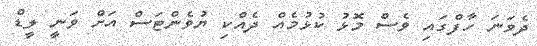
ދެވަނަ ހާފްގައި ވެސް މޮޅު ކުޅުމެއް ދެއްކި ޔުވެންޓަސް އަށް ވަނީ ލީޑް